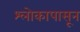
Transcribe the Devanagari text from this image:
श्लोकापासून